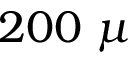
2 0 0 \ \mu